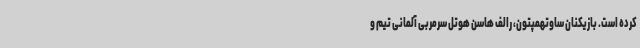
کرده است. بازیکنان ساوتهمپتون، رالف هاسن هوتل سرمربی آلمانی تیم و